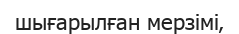
шығарылған мерзімі‚